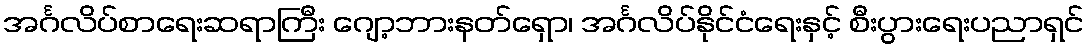
အင်္ဂလိပ်စာရေးဆရာကြီး ဂျော့ဘားနတ်ရှော၊ အင်္ဂလိပ်နိုင်ငံရေးနှင့် စီးပွားရေးပညာရှင်